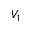
V _ { 1 }